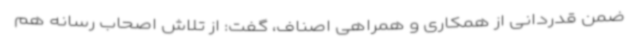
ضمن قدردانی از همکاری و همراهی اصناف، گفت: از تلاش اصحاب رسانه هم